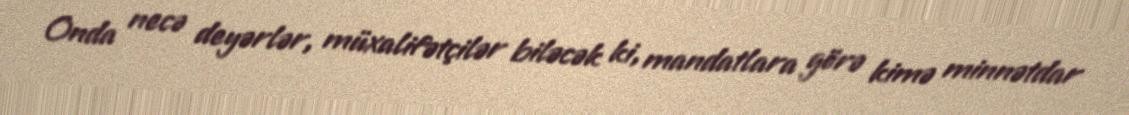
Onda necə deyərlər, müxalifətçilər biləcək ki, mandatlara görə kimə minnətdar